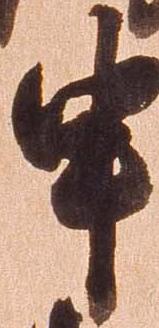
申